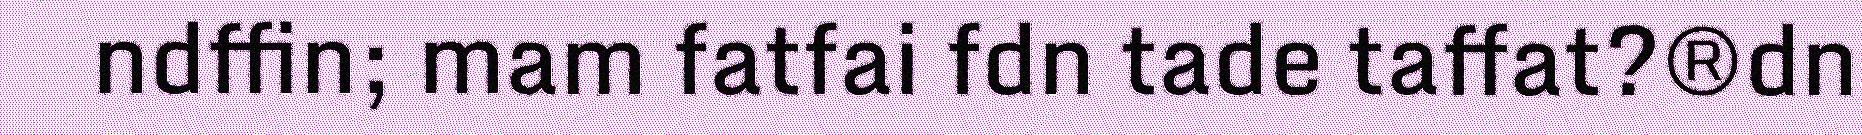
ndffin; mam fatfai fdn tade taffat?®dn